Annual report of the Central Committee of the Association together with the report of the directors of the Pasteur Institute at Kasauli
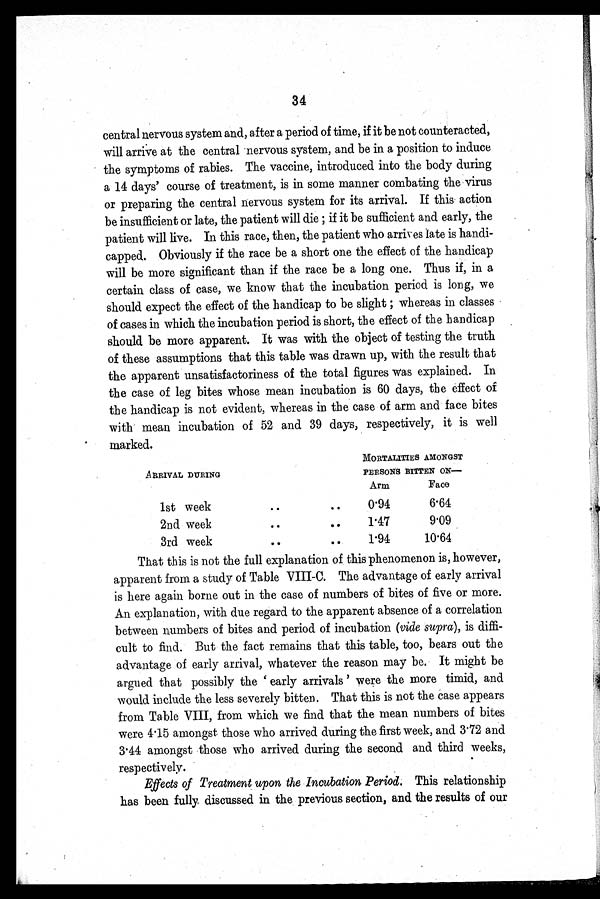
34
central nervous system and, after a period of time, if it be not counteracted,
will arrive at the central nervous system, and be in a position to induce
the symptoms of rabies. The vaccine, introduced into the body during
a 14 days' course of treatment, is in some manner combating the virus
or preparing the central nervous system for its arrival. If this action
be insufficient or late, the patient will die ; if it be sufficient and early, the
patient will live. In this race, then, the patient who arrives late is handi
-
capped. Obviously if the race be a short one the effect of the handicap
will be more significant than if the race be a long one. Thus if, in a
certain class of case, we know that the incubation period is long, we
should expect the effect of the handicap to be slight ; whereas in classes
of cases in which the incubation period is short, the effect of the handicap
should be more apparent. It was with the object of testing the truth
of these assumptions that this table was drawn up, with the result that
the apparent unsatisfactoriness of the total figures was explained. In
the case of leg bites whose mean incubation is 60 days, the effect of
the handicap is not evident, whereas in the case of arm and face bites
with mean incubation of 52 and 39 days, respectively, it is well
marked.
ARRIVAL DURING
MORTALITIES AMONGST
PERSONS BITTEN ON
—
Arm
Face
1 s t w e e k . . .
0 . 9 4
6.64
2nd week . . .
1.47
9.09
3rd week . . .
1.94
10.64
That this is not the full explanation of this phenomenon is, however,
apparent from a study of Table VIII-C. The advantage of early arrival
is here again borne out in the case of numbers of bites of five or more.
An explanation, with due regard to the apparent absence of a correlation
between numbers of bites and period of incubation ( vide supra) , is diffi
-
cult to find. But the fact remains that this table, too, bears out the
advantage of early arrival, whatever the reason may be. It might be
argued that possibly the 'early arrivals' were the more timid, and
would include the less severely bitten. That this is not the case appears
from Table VIII, from which we find that the mean numbers of bites
were 4.15 amongst those who arrived during the first week, and 3.72 and
3.44 amongst those who arrived during the second and third weeks,
respectively.
Effects of Treatment upon the Incubation Period. This relationship
has been fully discussed in the previous section, and the results of our